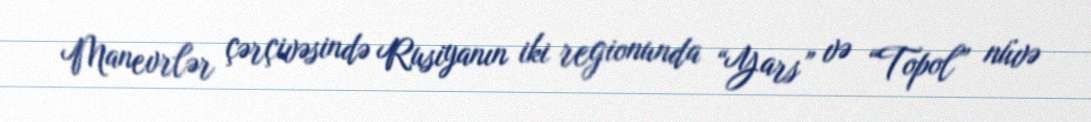
Manevrlər çərçivəsində Rusiyanın iki regionunda “Yars” və “Topol” nüvə